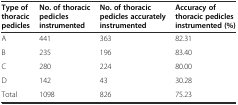
<table><thead><tr><td><b>Type of thoracic pedicles</b></td><td><b>No. of thoracic pedicles instrumented</b></td><td><b>No. of thoracic pedicles accurately instrumented</b></td><td><b>Accuracy of thoracic pedicles instrumented (%)</b></td></tr></thead><tbody><tr><td>A</td><td>441</td><td>363</td><td>82.31</td></tr><tr><td>B</td><td>235</td><td>196</td><td>83.40</td></tr><tr><td>C</td><td>280</td><td>224</td><td>80.00</td></tr><tr><td>D</td><td>142</td><td>43</td><td>30.28</td></tr><tr><td>Total</td><td>1098</td><td>826</td><td>75.23</td></tr></tbody></table>